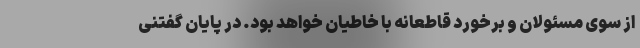
از سوی مسئولان و برخورد قاطعانه با خاطیان خواهد بود. در پایان گفتنی